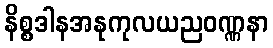
နိစ္စဒါနအနုကုလယညဝဏ္ဏနာ